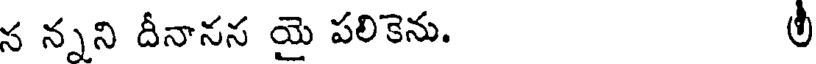
న న్నని దీనానస యై పలికెను. లీ